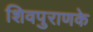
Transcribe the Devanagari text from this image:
शिवपुराणके